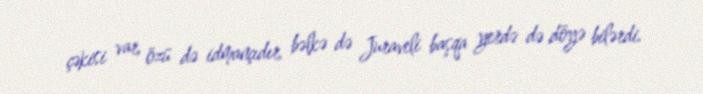
çəkisi var, özü də idmançıdır, bəlkə də Juraveli başqa yerdə də döyə bilərdi.